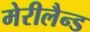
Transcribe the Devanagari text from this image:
मेरीलैन्ड